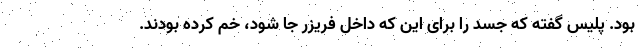
بود. پلیس گفته که جسد را برای این که داخل فریزر جا شود، خم کرده بودند.